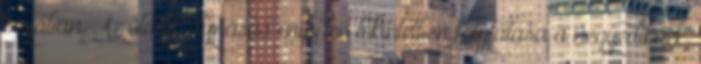
sirjában. Az ötödik dynastia minden tekintetben folytatása a negyediknek.